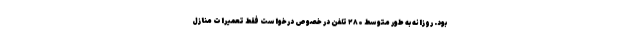
بود. روزانه به طور متوسط ۲۸۰ تلفن در خصوص درخواست فقط تعمیرات منازل